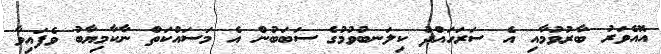
އޮއެވަރު ބާރުވުމާއި އެ ސަރަހައްދު ކިލަނބުވުމުގެ ސަބަބުން އެ މަސައްކަތް ނާކާމިޔާބު ވެފައިވާ